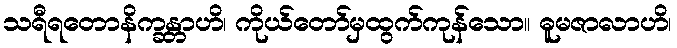
သရီရတောနိက္ခန္တာဟိ၊ ကိုယ်တော်မှထွက်ကုန်သော။ ဓူမဇာလာဟိ၊